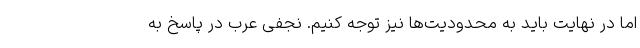
اما در نهایت باید به محدودیت‌ها نیز توجه کنیم. نجفی عرب در پاسخ به